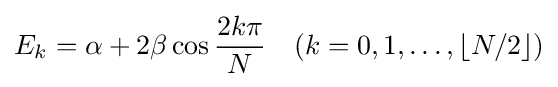
E_{k}=\alpha +2\beta \cos {\frac {2k\pi }{N}}\quad (k=0,1,\ldots ,\lfloor N/2\rfloor )